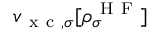
v _ { \mathrm { ~ x ~ c ~ } , \sigma } [ \rho _ { \sigma } ^ { \mathrm { ~ H ~ F ~ } } ]